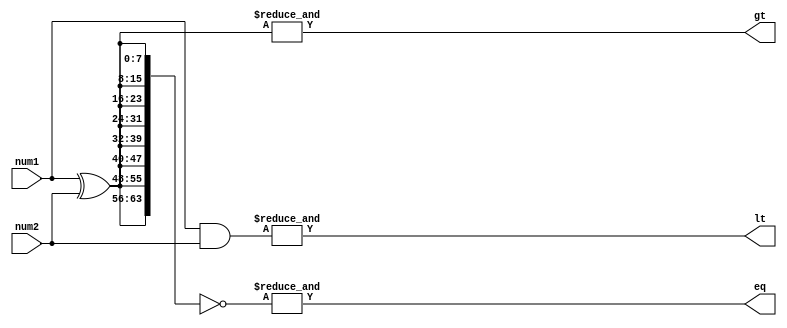
module comparator (
    input [7:0] num1,
    input [7:0] num2,
    output gt, // greater than flag
    output lt, // less than flag
    output eq // equal to flag
);

wire [7:0] xor_result;
wire [7:0] and_result;

assign xor_result = num1 ^ num2; // XOR operation to determine the difference in bits
assign and_result = num1 & num2; // AND operation to determine the common bits

assign gt = |(&({8{xor_result}})); // All bits of xor_result must be 0 for num1 to be greater
assign lt = |(&{and_result}); // All bits of and_result must be 1 for num1 to be less
assign eq = (&(~{8{xor_result}})); // All bits of xor_result must be 1 for num1 to be equal

endmodule